Indian journal of veterinary science and animal husbandry - Volume 12,
Year: 1942
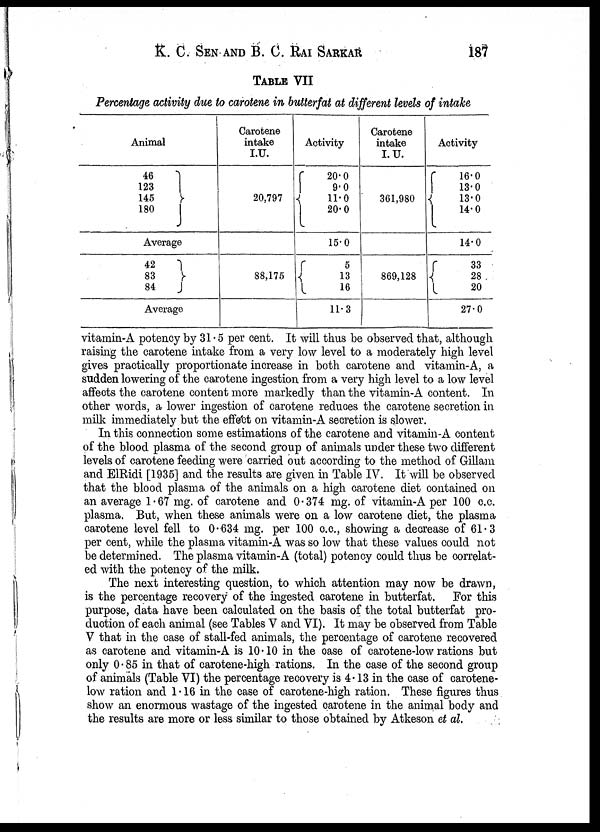
K. C. SEN AND B. C. RAI SARKAR 187
TABLE VII
Percentage activity due to carotene in butterfat at different levels of intake
Animal
46
123
145}
180
Average
42
83}
84
Average
Carotene
intake
I.U.
20,797
88,175
Activity
20.0
9.0
{
11.0
20.0
15.0
5
{
13
16
11.3
Carotene
intake
I.U.
361,980
869,128
Activity
16.0
13.0
{
13.0
14.0
14.0
33
{
28
20
27.0
vitamin-A potency by 31.5 per cent. It will thus be observed that, although
raising the carotene intake from a very low level to a moderately high level
gives practically proportionate increase in both carotene and vitamin-A, a
sudden lowering of the carotene ingestion from a very high level to a low level
affects the carotene content more markedly than the vitamin-A content. In
other words, a lower ingestion of carotene reduces the carotene secretion in
milk immediately but the effect on vitamin-A secretion is slower.
In this connection some estimations of the carotene and vitamin-A content
of the blood plasma of the second group of animals under these two different
levels of carotene feeding were carried out according to the method of Gillam
and ElRidi [1935] and the results are given in Table IV. It will be observed
that the blood plasma of the animals on a high carotene diet contained on
an average 1.67 mg. of carotene and 0.374 mg. of vitamin-A per 100 c.c.
plasma. But, when these animals were on a low carotene diet, the plasma
carotene level fell to 0.634 mg. per 100 c.c., showing a decrease of 61.3
per cent, while the plasma vitamin-A was so low that these values could not
be determined. The plasma vitamin-A (total) potency could thus be correlat-
ed with the potency of the milk.
The next interesting question, to which attention may now be drawn,
is the percentage recovery of the ingested carotene in butterfat. For this
purpose, data have been calculated on the basis of the total butterfat pro-
duction of each animal (see Tables V and VI). It may be observed from Table
V that in the case of stall-fed animals, the percentage of carotene recovered
as carotene and vitamin-A is 10.10 in the case of carotene-low rations but
only 0 . 85 in that of carotene-high rations. In the case of the second group
of animals (Table VI) the percentage recovery is 4.13 in the case of carotene-
low ration and 1.16 in the case of carotene-high ration. These figures thus
show an enormous wastage of the ingested carotene in the animal body and
the results are more or less similar to those obtained by Atkeson et al.